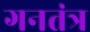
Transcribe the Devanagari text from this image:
गनतंत्र